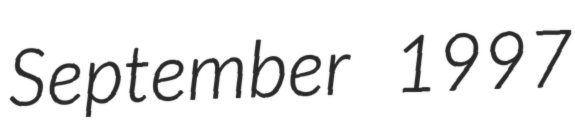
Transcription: September 1997